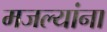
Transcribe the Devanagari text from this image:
मजल्यांना